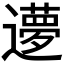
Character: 𬩝